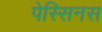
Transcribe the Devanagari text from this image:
पेस्सिनस